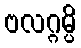
ဗလဂ္ဂမ္ပိ